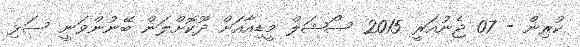
ކުރިން - 07 ޖެނުއަރީ 2015 ސޯޝަލް މީޑިއާއަށް ދޫކޮށްލަން ބޭނުންވަނީ ސަޅި